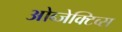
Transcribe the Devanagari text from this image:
ओब्जेक्टिव्स